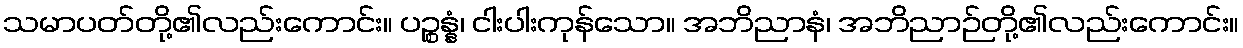
သမာပတ်တို့၏လည်းကောင်း။ ပဉ္စန္နံ၊ ငါးပါးကုန်သော။ အဘိညာနံ၊ အဘိညာဉ်တို့၏လည်းကောင်း။